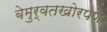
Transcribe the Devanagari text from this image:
बेमुर्वतखोरपणे